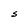
Character: S